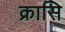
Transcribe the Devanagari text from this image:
क्रासि